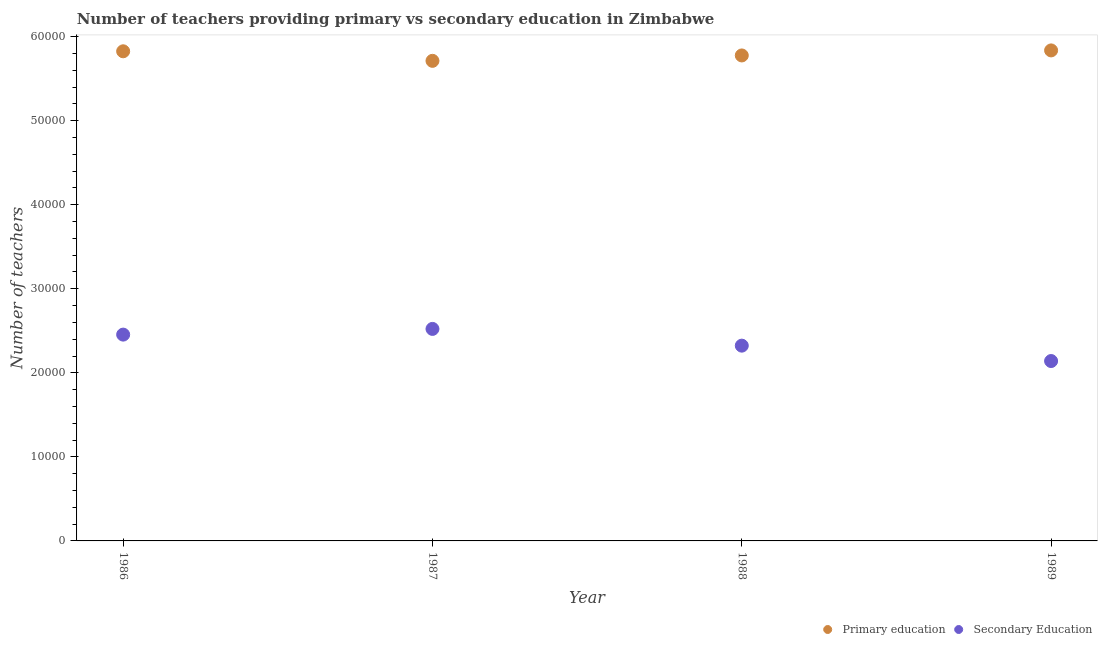
| Year | Primary education | Secondary Education |
 | --- | --- | --- |
 | 1986 | 5.83e+04 | 2.45e+04 |
 | 1987 | 5.71e+04 | 2.52e+04 |
 | 1988 | 5.78e+04 | 2.32e+04 |
 | 1989 | 5.84e+04 | 2.14e+04 |